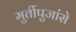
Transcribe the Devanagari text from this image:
मुर्तीपुजांसे